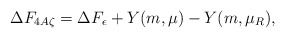
\begin{align*} \Delta F_{4A\zeta} = \Delta F_{\epsilon} + Y(m,\mu) - Y(m,\mu_R),\end{align*}